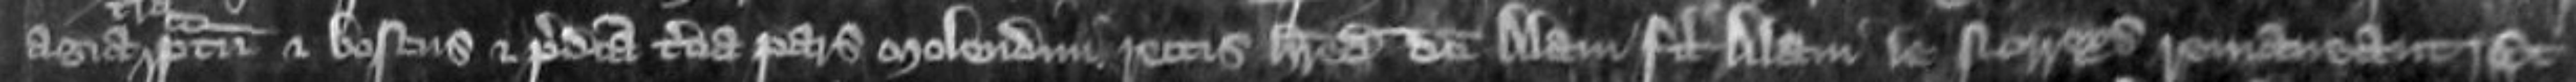
agia pratum et boscus et predicta tertia pars molendini rectis heredibus dicti Alani filii Alani le Norreys remaneant Et